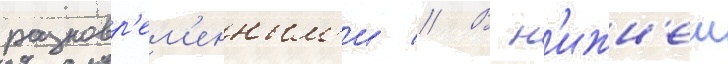
разновр'ем'енным'и // В н'ижн'еи